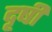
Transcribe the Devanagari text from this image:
दृषी